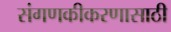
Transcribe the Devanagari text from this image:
संगणकीकरणासाठी